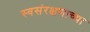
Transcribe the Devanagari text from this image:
स्वसंरक्षणाच्या